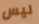
ليس